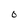
Character: O